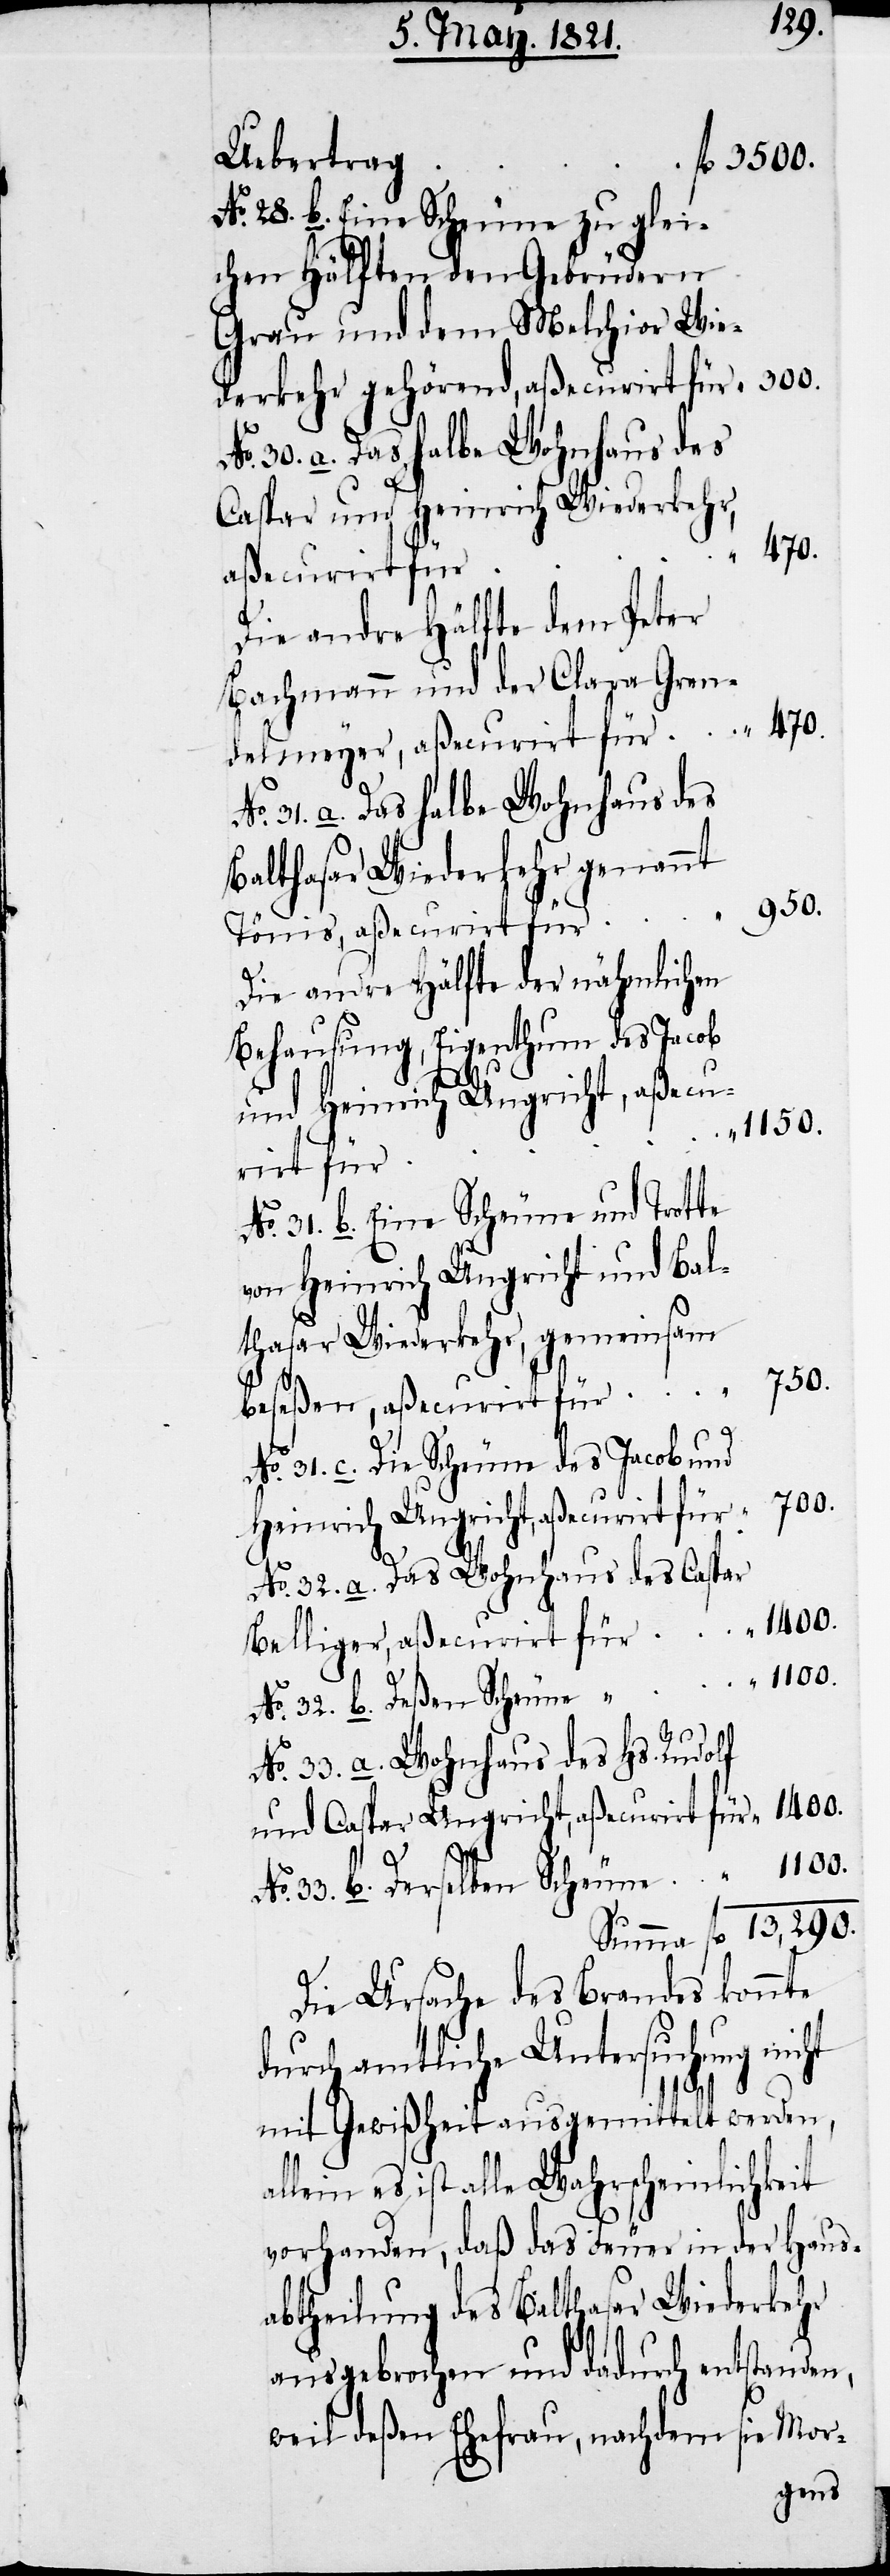
13,290.
Uebertrag
Eine Scheune zu glei¬
chen Hälften den Gebrüdern
Grau und dem Melchior Wie¬
derkehr gehörend, aßecurirt für
Das halbe Wohnhaus des
Caspar und Heinrich Wiederkehr,
aßecurirt für
Die andre Hälfte dem Peter
Bachmann und der Clara Gren¬
470.
delmeyer, aßecurirt für
Balthasar Wiederkehr genannt
950.
Belliger, aßecurirt für
Die andre Hälfte der nähmlichen
Behausung, Eigenthum des Jacob
und Heinrich Ungricht, aßecu¬
1100.
“
rirt für
von Heinrich Ungricht und Bal¬
thasar Wiederkehr, gemeinsam
700.
beseßen, aßecurirt für
Wohnhaus des Hs. Rudolf
und Caspar Ungricht, aßecurirt für
Die Ursache des Brandes konnte
durch amtliche Untersuchung nicht
mit Gewißheit ausgemittelt werden,
es ist alle Wahrscheinlichkeit
vorhanden, daß das Feuer in der Haus¬
abtheilung des Balthasar Wiederkehr
ausgebrochen und dadurch entstanden,
weil deßen Ehefrau, nachdem sie Mor-